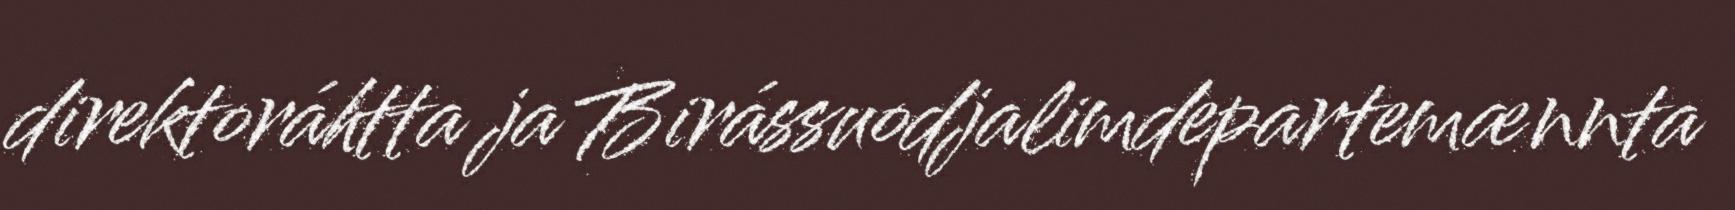
direktoráhtta ja Birássuodjalimdepartemænnta